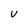
Character: V